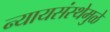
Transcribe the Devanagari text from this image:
न्यायसंस्थेमुळे